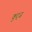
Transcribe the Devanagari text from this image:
कुट्ज़